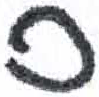
אות: ס